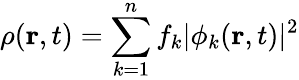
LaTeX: \rho({\mathbf r},t)=\sum_{k=1}^{n}f_{k}|\phi_{k}({\mathbf r},t)|^{2}